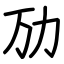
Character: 劢